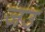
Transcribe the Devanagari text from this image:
जउ